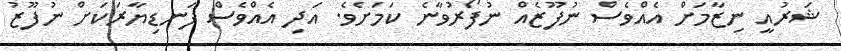
ޝަރުއީ ނިޒާމަށް އެއްވެސް ނުފޫޒެއް ނުފޯރުވާނެ ކަމަށެވެ. އަދި އެއްވެސް ފަނޑިޔާރަކަށް ނުފޫޒު